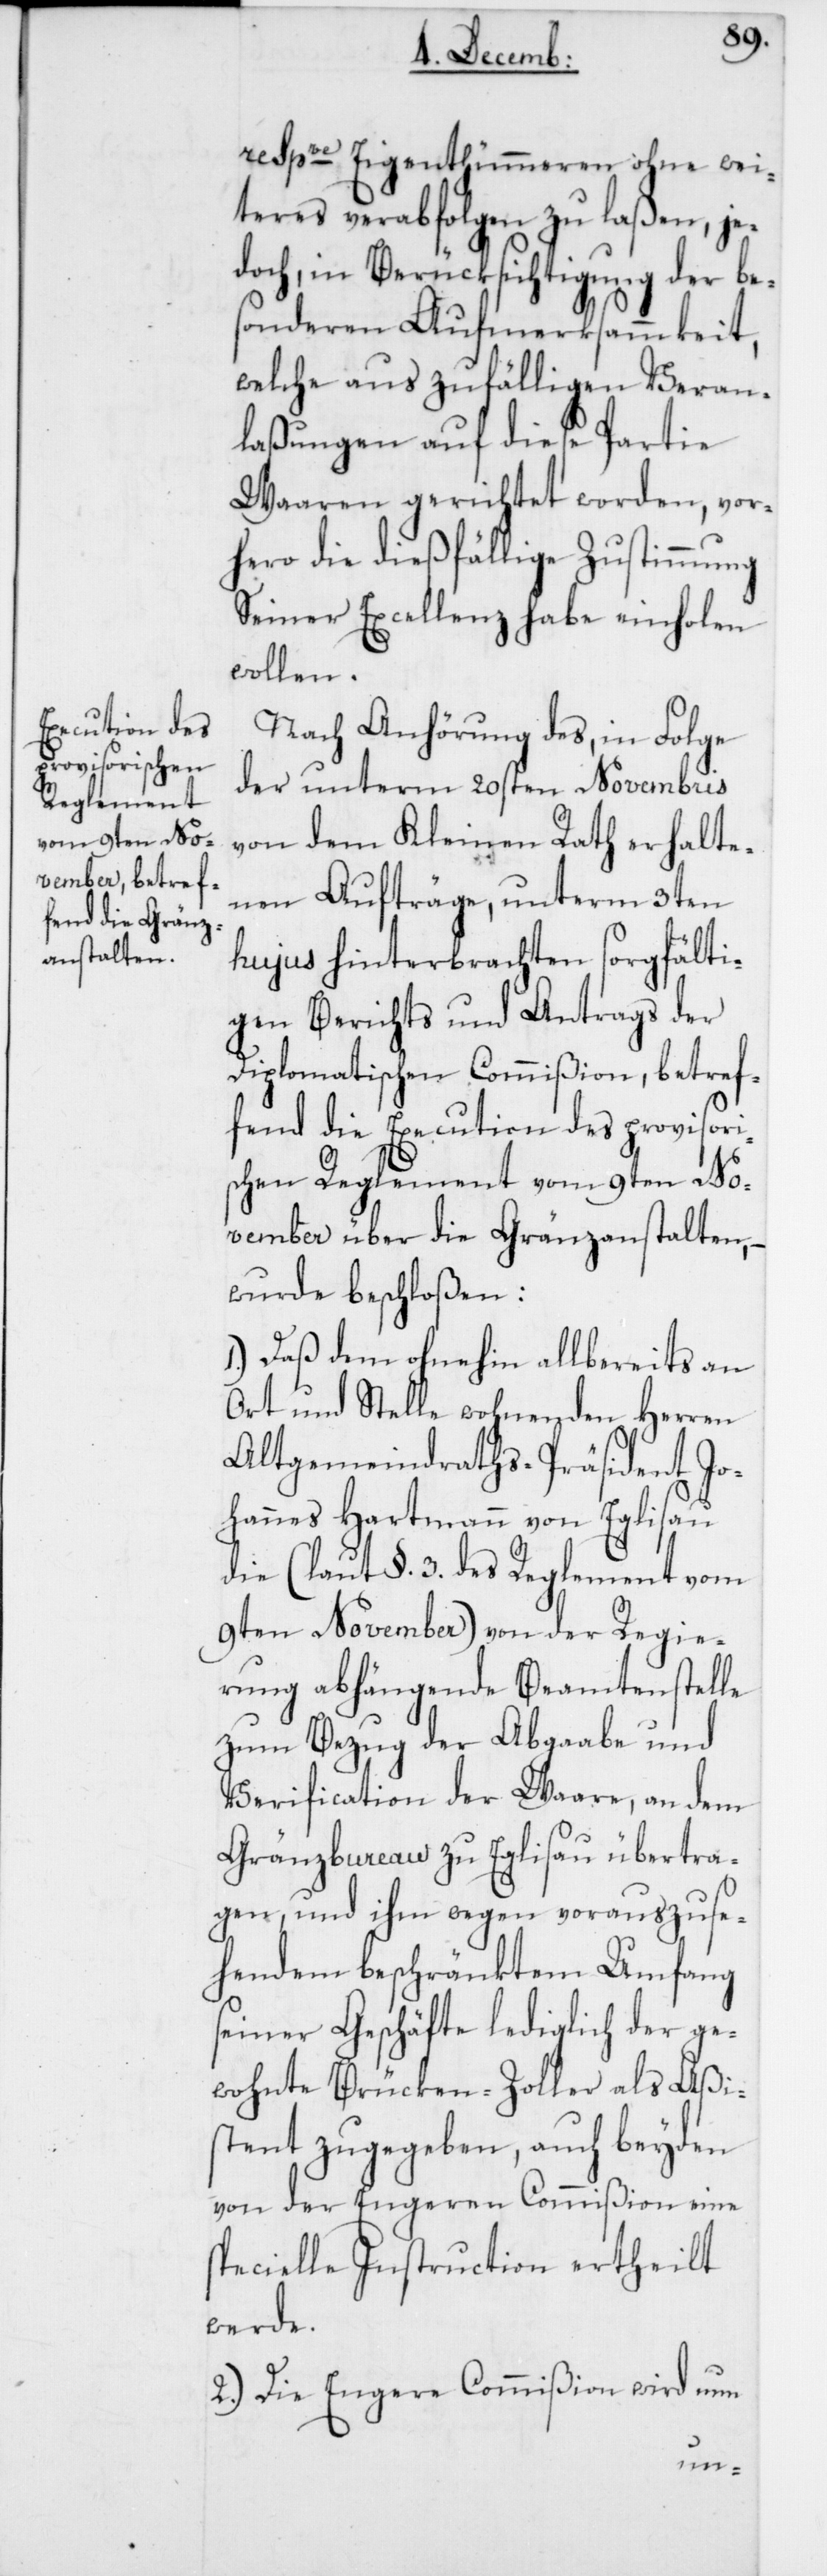
respve Eigentümeren ohne wei¬
teres verabfolgen zu laßen, je¬
doch, in Berüksichtigung der be¬
sonderen Aufmerksammkeit,
welche aus zufälligen Veran¬
laßungen auf diese Partie
Waaren gerichtet worden, vor¬
hero die dießfällige Zustimmung
Seiner Excellenz habe einholen
wollen.
Nach Anhörung des, in Folge
der unterm 20sten Novembris
von dem Kleinen Rath erhalte¬
nen Aufträge, unterm 3ten
hujus hinterbrachten sorgfälti¬
gen Berichts und Antrags der
Diplomatischen Commißion, betref¬
fend die Execution des provisori¬
schen Reglement vom 9ten No¬
vember über die Gränzanstalten,
wurde beschloßen:
1.) Daß dem ohnehin allbereits an
Ort und Stelle wohnenden Herren
Altgemeindraths-Präsident Jo¬
hannes Hartmann von Eglisau
die (laut §. 3. des Reglement vom
9ten November) von der Regie¬
rung abhängende Beamtenstelle
zum Bezug der Abgabe und
Verification der Waare, an dem
Gränzbureau zu Eglisau übertra¬
gen, und ihm wegen vorauszuse¬
hendem beschränktem Umfang
seiner Geschäfte lediglich der ge¬
wohnte Brücken-Zoller als Aßi¬
stent zugegeben, auch beyden
specielle Instruction ertheilt
werde.
2.) Die Engere Commißion wird nun
eine